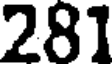
281